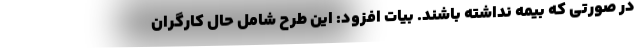
در صورتی که بیمه نداشته باشند. بیات افزود: این طرح شامل حال کارگران